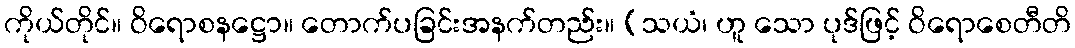
ကိုယ်တိုင်။ ဝိရောစနဋ္ဌော။ တောက်ပခြင်းအနက်တည်း။ (သယံ၊ ဟူ သော ပုဒ်ဖြင့် ဝိရောစေတီတိ